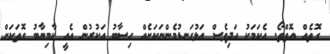
ގޮތެއް އޮތްތޯ. އެކަމަކު އަދިވެސް އަޅުގަނޑުމެންނަކަށެއް ހިސާބު އަކުރުން އެއީ ކާމިޔާބު ގޮތަކަށް